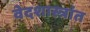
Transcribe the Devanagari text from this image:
वेदशास्त्रांत